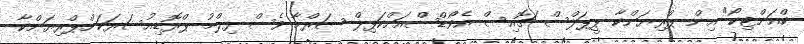
ކްއަންޓިކޯ" އިން ޕްރިޔަންކާ ޕީޕަލްސް ޗޮއިސް އެވޯޑްސްއަށްކަޕިލް ޝަރްމާ ވެސް ފިލްމު ޕްރޮޑިއުސަރަކަށްޕްރިޔަންކާ